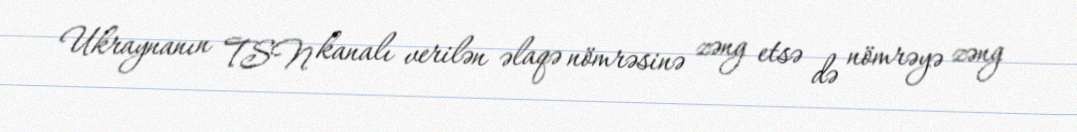
Ukraynanın TSN kanalı verilən əlaqə nömrəsinə zəng etsə də nömrəyə zəng